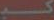
کی